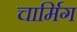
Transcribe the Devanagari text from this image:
चार्मिग